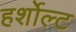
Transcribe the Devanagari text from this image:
हर्शोल्ट